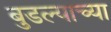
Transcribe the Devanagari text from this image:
बुडल्याच्या